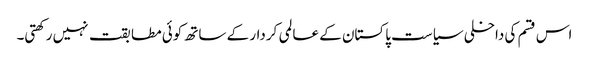
اس قسم کی داخلی سیاست پاکستان کے عالمی کردار کے ساتھ کوئی مطابقت نہیں رکھتی۔